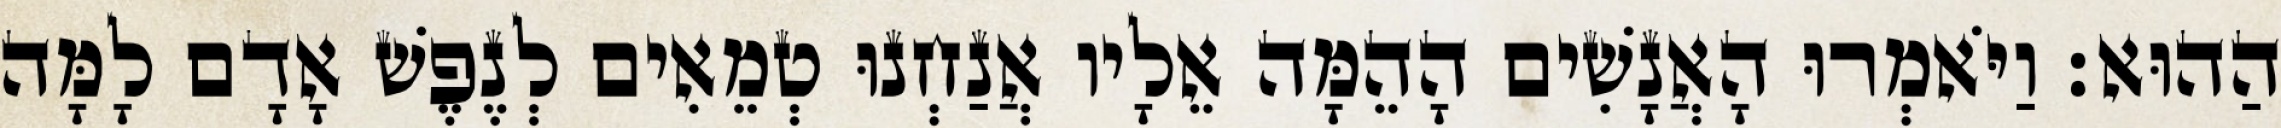
הַהוּא׃ וַיֹּאמְרוּ הָאֲנָשִׁים הָהֵמָּה אֵלָיו אֲנַחְנוּ טְמֵאִים לְנֶפֶשׁ אָדָם לָמָּה